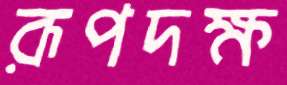
রূপদক্ষ